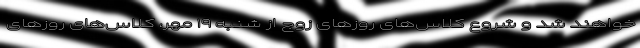
خواهند شد و شروع کلاس‌های روزهای زوج از شنبه ۱۹ مهر، کلاس‌های روزهای